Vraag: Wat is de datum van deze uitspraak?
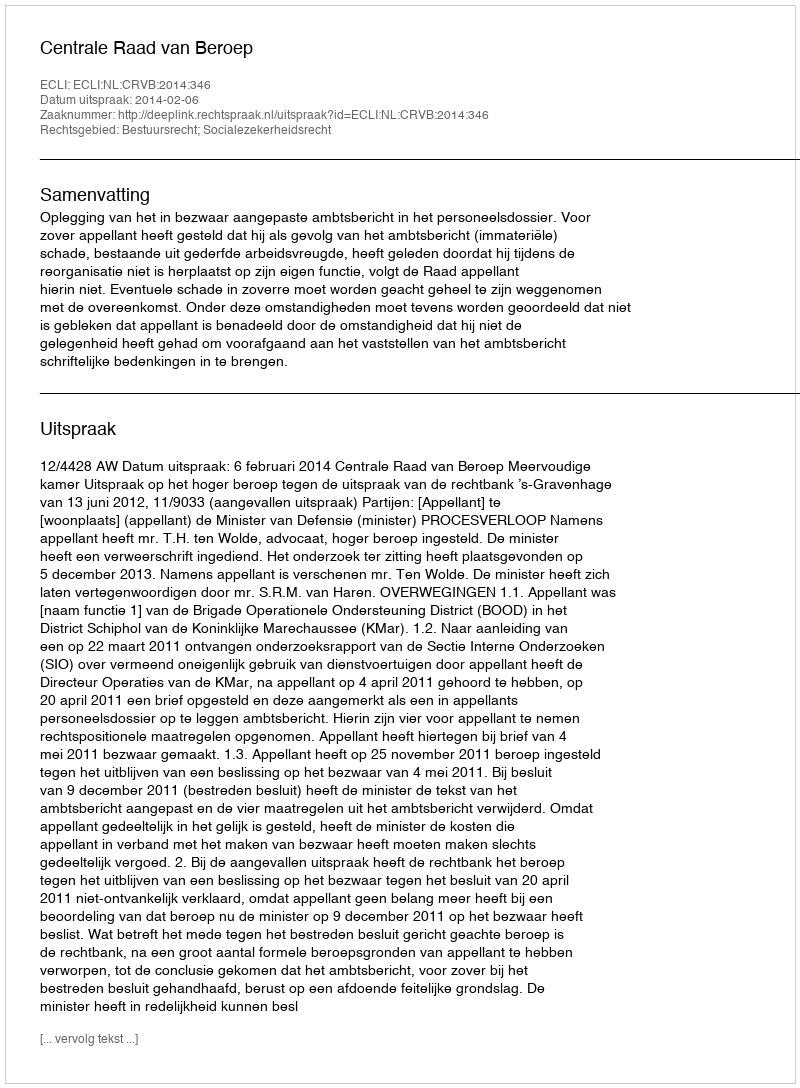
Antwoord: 2014-02-06